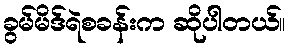
ခွမ်မိဒ်ရဲစခန်းက ဆိုပါတယ်။